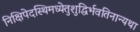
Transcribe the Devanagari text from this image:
निक्षिपेदस्थिमध्येतुशुद्धिर्भवतिनान्यथा